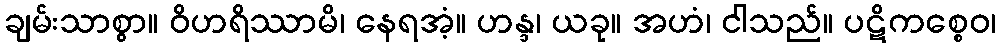
ချမ်းသာစွာ။ ဝိဟရိဿာမိ၊ နေရအံ့။ ဟန္ဒ၊ ယခု။ အဟံ၊ ငါသည်။ ပဋိကစ္စေဝ၊